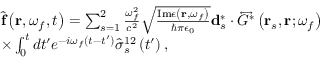
\begin{array} { r l } & { \hat { \mathbf { f } } \left( \mathbf { r } , \omega _ { f } , t \right) = \sum _ { s = 1 } ^ { 2 } \frac { \omega _ { f } ^ { 2 } } { c ^ { 2 } } \sqrt { \frac { \mathrm { I m } \epsilon \left( \mathbf { r } , \omega _ { f } \right) } { \hbar \pi \epsilon _ { 0 } } } \mathbf { d } _ { s } ^ { * } \cdot \overleftrightarrow { G } ^ { * } \left( \mathbf { r } _ { s } , \mathbf { r } ; \omega _ { f } \right) } \\ & { \times \int _ { 0 } ^ { t } d t ^ { \prime } e ^ { - i \omega _ { f } \left( t - t ^ { \prime } \right) } \hat { \sigma } _ { s } ^ { 1 2 } \left( t ^ { \prime } \right) , } \end{array}